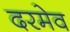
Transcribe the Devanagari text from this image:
दरमेव